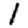
Digit: 1